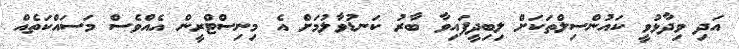
އަދި ވިދާޅުވީ ކައުންސިލްތަކަށް ލިބިދީފައިވާ ބާރު ކަނޑުވާލުމަށް އެ މިނިސްޓްރީން އެއްވެސް މަސައްކަތެއް